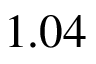
1 . 0 4